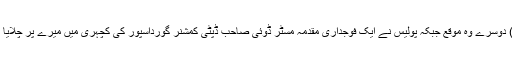
(2) دوسرے وہ موقع جبکہ پولیس نے ایک فوجداری مقدمہ مسٹر ڈوئی صاحب ڈپٹی کمشنر گورداسپور کی کچہری میں میرے پر چلایا تھا۔